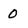
Character: 0